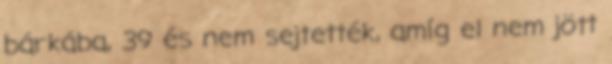
bárkába, 39 és nem sejtették, amíg el nem jött